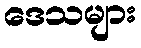
ဒေသများ